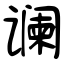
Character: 谰